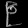
Digit: ၉